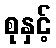
စုနှင့်